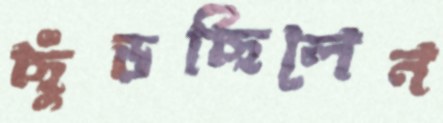
ছুঁড়ছিলেন